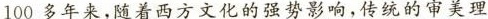
100多年来，随着西方文化的强势影响，传统的审美理